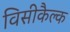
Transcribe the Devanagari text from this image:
विसीकैल्क